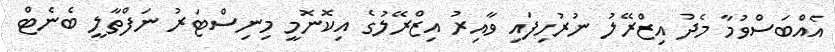
އެއްބަސްވުމާ މެދު އިޒްރޭލު ނުރުހިފައި ވާއިރު އިޒްރޭލުގެ އިކޮނޮމީ މިނިސްޓަރު ނަފްތާލީ ބެނެޓް